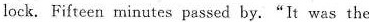
lock.Fifteen minutes passed by."It was the